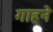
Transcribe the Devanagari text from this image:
गाहने